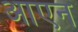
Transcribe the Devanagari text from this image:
आएन